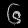
Digit: ၆